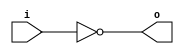
module ex(
	input	wire	i,
	output	wire	o
);
assign	o = ~i;

endmodule